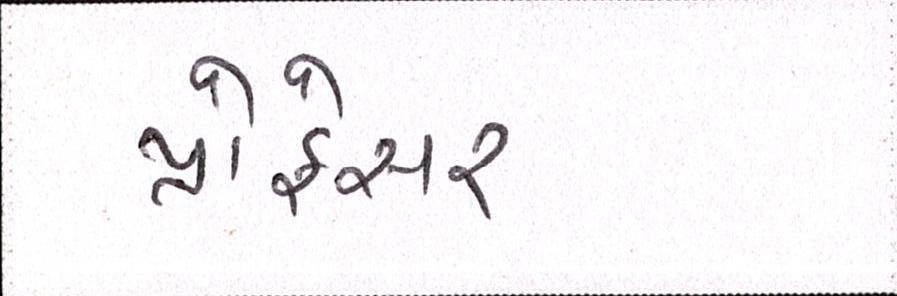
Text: પ્રોફેસર